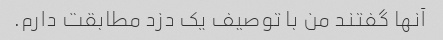
آنها گفتند من با توصیف یک دزد مطابقت دارم.